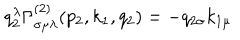
q _ { 2 } ^ { \lambda } \Gamma _ { \sigma \mu \lambda } ^ { ( 2 ) } ( p _ { 2 } , k _ { 1 } , q _ { 2 } ) = - q _ { 2 \sigma } k _ { 1 \mu }